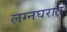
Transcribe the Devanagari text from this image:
लग्नघरात